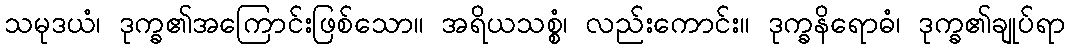
သမုဒယံ၊ ဒုက္ခ၏အကြောင်းဖြစ်သော။ အရိယသစ္စံ၊ လည်းကောင်း။ ဒုက္ခနိရောဓံ၊ ဒုက္ခ၏ချုပ်ရာ